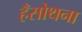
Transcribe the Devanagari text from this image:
हँसोथना